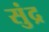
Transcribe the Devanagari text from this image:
सुंद्र